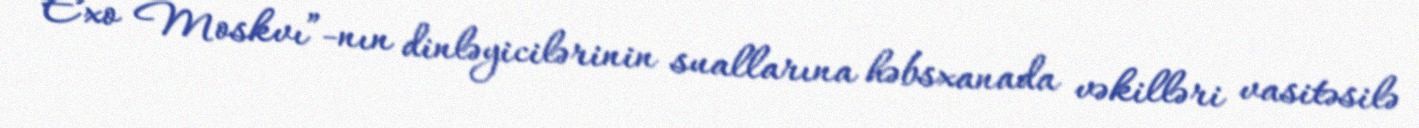
“Exo Moskvı”-nın dinləyicilərinin suallarına həbsxanada vəkilləri vasitəsilə